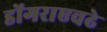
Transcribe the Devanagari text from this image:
डोंगराएवढे